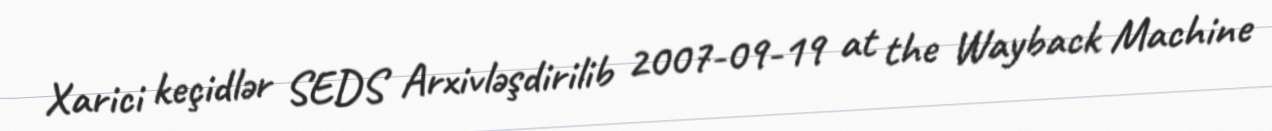
Xarici keçidlər SEDS Arxivləşdirilib 2007-09-19 at the Wayback Machine